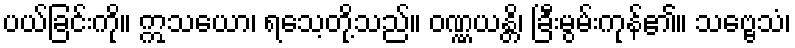
ပယ်ခြင်းကို။ ဣသယော၊ ရသေ့တို့သည်။ ဝဏ္ဏယန္တိ၊ ခြီးမွမ်းကုန်၏။ သဗ္ဗေသံ၊